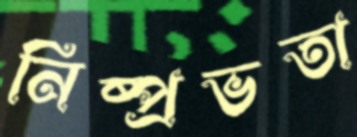
নিষ্প্রভতা